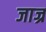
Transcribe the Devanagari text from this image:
जाज्र